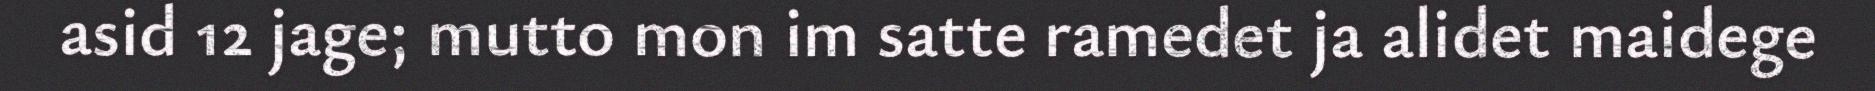
asid 12 jage; mutto mon im satte ramedet ja alidet maidege